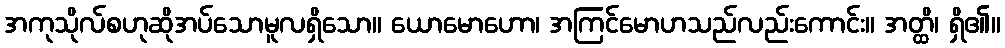
အကုသိုလ်စဟုဆိုအပ်သောမူလရှိသော။ ယောမောဟော၊ အကြင်မောဟသည်လည်းကောင်း။ အတ္ထိ၊ ရှိ၏။